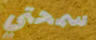
سمحتي